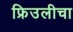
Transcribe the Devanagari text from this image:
फ्रिउलीचा